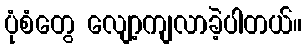
ပုံစံတွေ လျော့ကျလာခဲ့ပါတယ်။